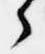
々